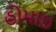
હોમાઇ